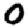
Digit: 0